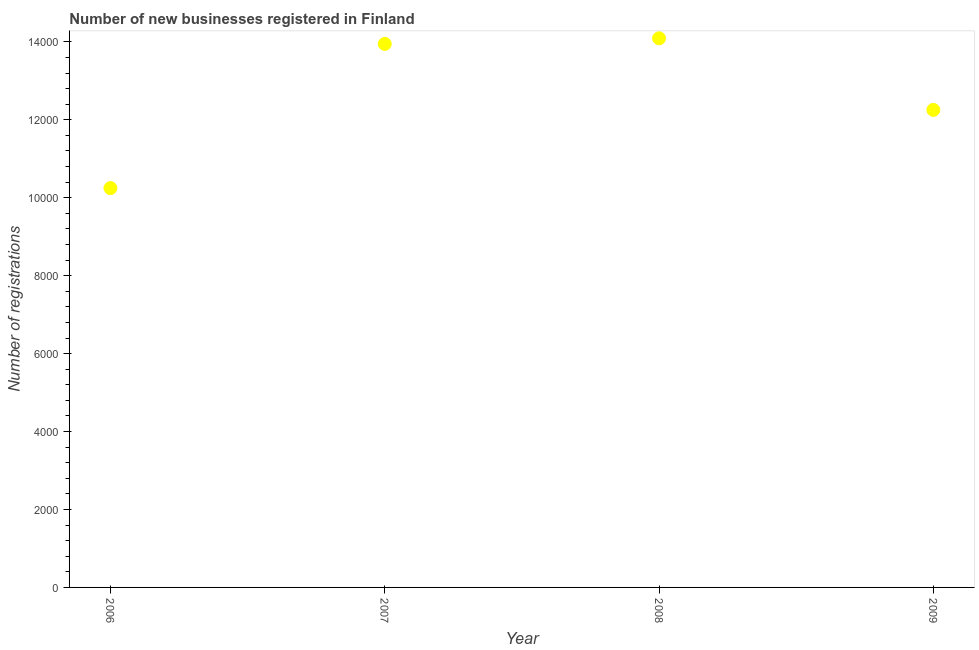
| Year | New businesses |
 | --- | --- |
 | 2006 | 1.02e+04 |
 | 2007 | 1.39e+04 |
 | 2008 | 1.41e+04 |
 | 2009 | 1.23e+04 |